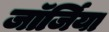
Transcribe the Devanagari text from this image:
जाॅर्जिया